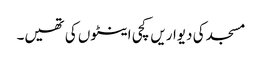
مسجد کی دیواریں کچی اینٹوں کی تھیں۔